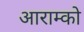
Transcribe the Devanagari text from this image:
आराम्को